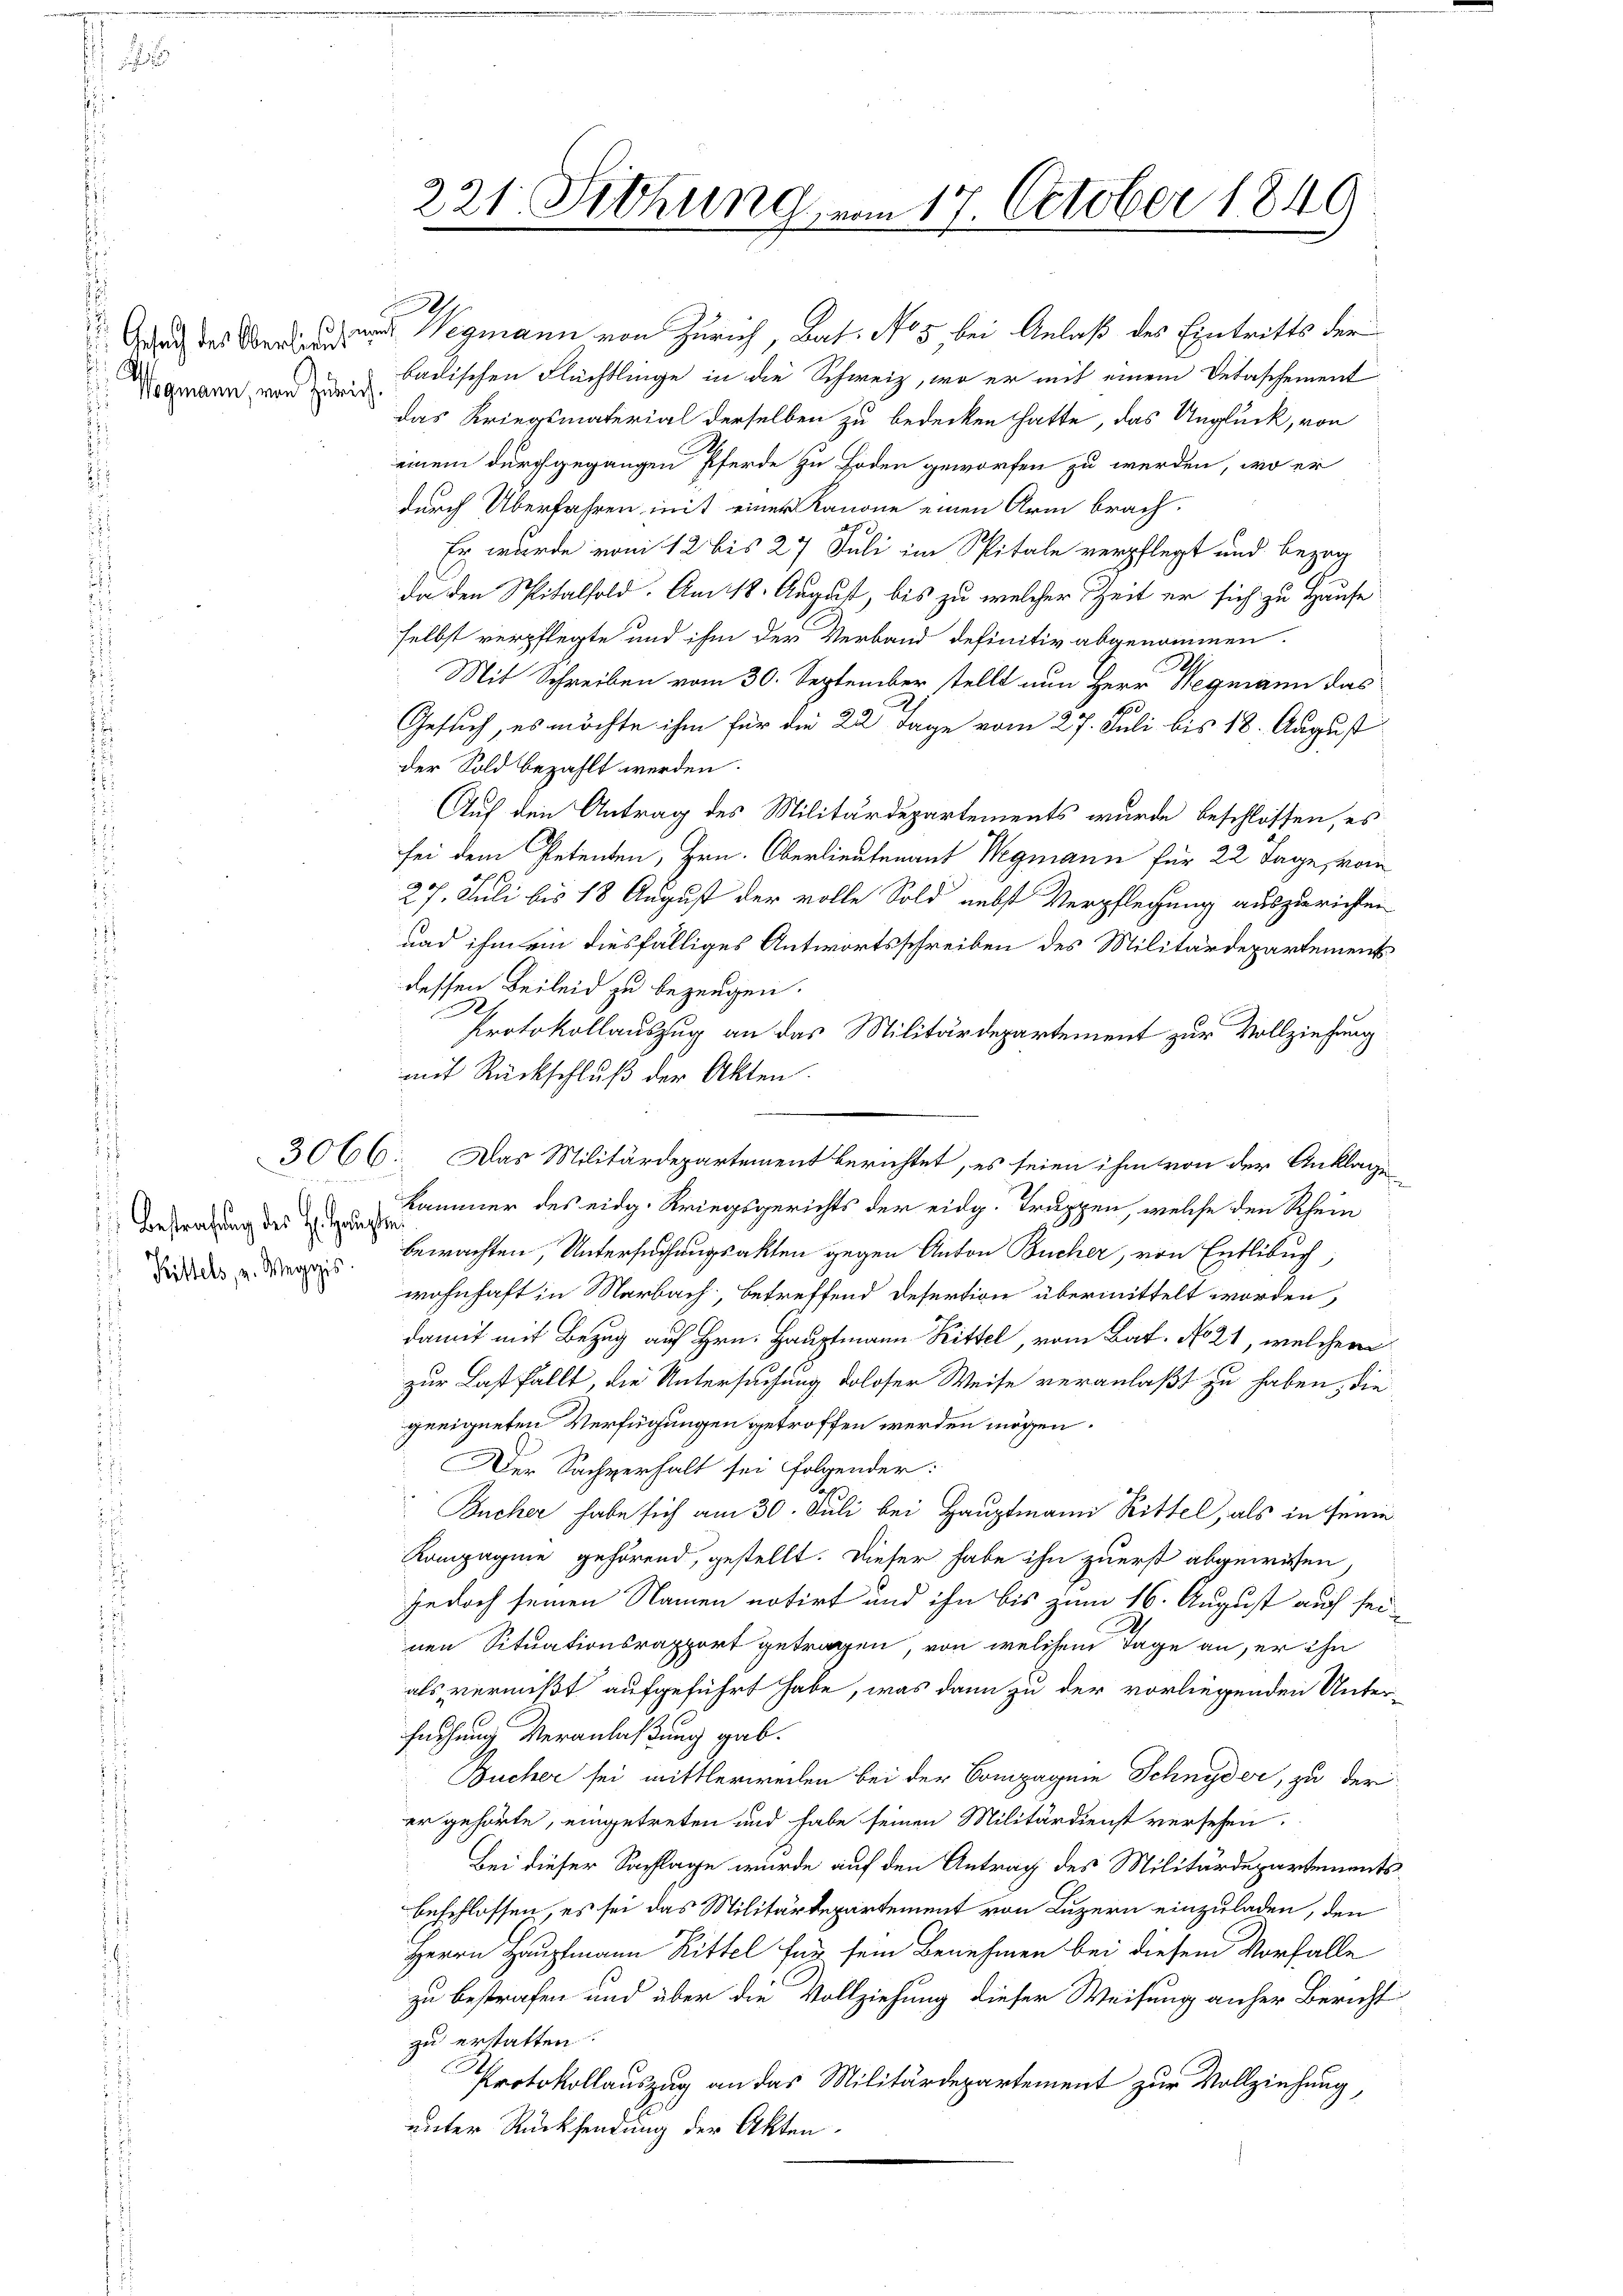
d
 Gesuch des Oberlien.

Wegmann, von Zürich
u

Bestrafung des H. Haupte
 Rittels, u. Weggis

das Kriegsmaterial derselben zu bedecken hatte, das Unglück, von
einem durchgegangen Pferde zu Boden geworfen zu werden, wo er
durch Überfahren mit einer Kanone einen Arm brach¬
Er wurde vom 12 bis 27 Juli im Spitale verpflegt und bezog
da den Spitalfold. Am 18. August, bis zu welcher Zeit er sich zu Hause
selbst verpflegte und ihm der Verband definitiv abgenommen.
Mit Schreiben vom 30. September stellt nun Herr Wegmann das
100
Gesuch, es möchte ihm für die 22 Tage vom 27. Juli bis 18. August
der Sold bezahlt werden.
Auf den Antrag des Militärdepartements wurde beschlossen, es
sei dem Petenten, Hrn. Oberlieutenant Wegmann für 22 Tage, vom
27. Juli bis 18 August der volle Sold nebst Verpflegung auszurichten
und ihm ein diesfälliges Antwortsschreiben des Militärdepartements
dessen Beileid zu bezeugen.
Protokollauszug an das Militärdepartement zur Vollziehung
mit Rückschluß der Akten.
3066: Das Militärdepartement berichtet, es seien ihm von der Anklage
Kammer des eidg. Kriegsgerichts der eidg. Truppen, welche den Rhein
bewachten, Untersuchungsakten gegen Anton Bücher, von Entlebuch,
wohnhaft in Marbach, betreffend defertion übermittelt worden,
damit mit Bezug auf Hrn. Hauptmann Rittel, vom Bat. No 21, welcher
zur Last fällt, die Untersuchung doloser Weise veranlaßt zu haben, die
geeigneten Verfügungen getroffen werden müssen.
Der Sachverhalt sei folgender:
Bucher habe sich am 30. Juli bei Hauptmann Rittel, als in seine
Kompagnie gehörend, gestellt. Dieser habe ihn zuerst abgewiesen
jedoch seinen Namen notirt und ihn bis zum 16. August auch seinen Situationsrapport getragen, von welchem Tage an, er ihn
als vermißt aufgeführt habe, was dann zu der vorliegenden Unter-
suchung Veranlaßung gab.
Bucher sei mittlerweilen bei der Compagnie Schnyder, zu der
er gehörte, eingetreten und habe seinen Militärdienst versehen.
Bei dieser Sachlage wurde auf den Antrag des Militärdepartements
beschlossen, es sei das Militärdepartement von Luzern einzuladen, den
Herrn Hauptmann Rittel für sein Benehmen bei diesem Vorfalle
zu bestrafen und über die Vollziehung dieser Weisung anher Bericht
zu erstatten.
Protokollauszug an das Militärdepartement zur Vollziehung,
unter Rücksendung der Akten.

h

221. Sitzung, vom 17. October 1849

uard Wegmann von Zürich, Bat. No 5 bei Anlaß des Eintritts der
badischen Flächtlinge in die Schweiz, wo er mit einem Detaschement